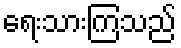
ရေးသားကြသည်